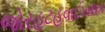
જોરહટહવાઈમથક